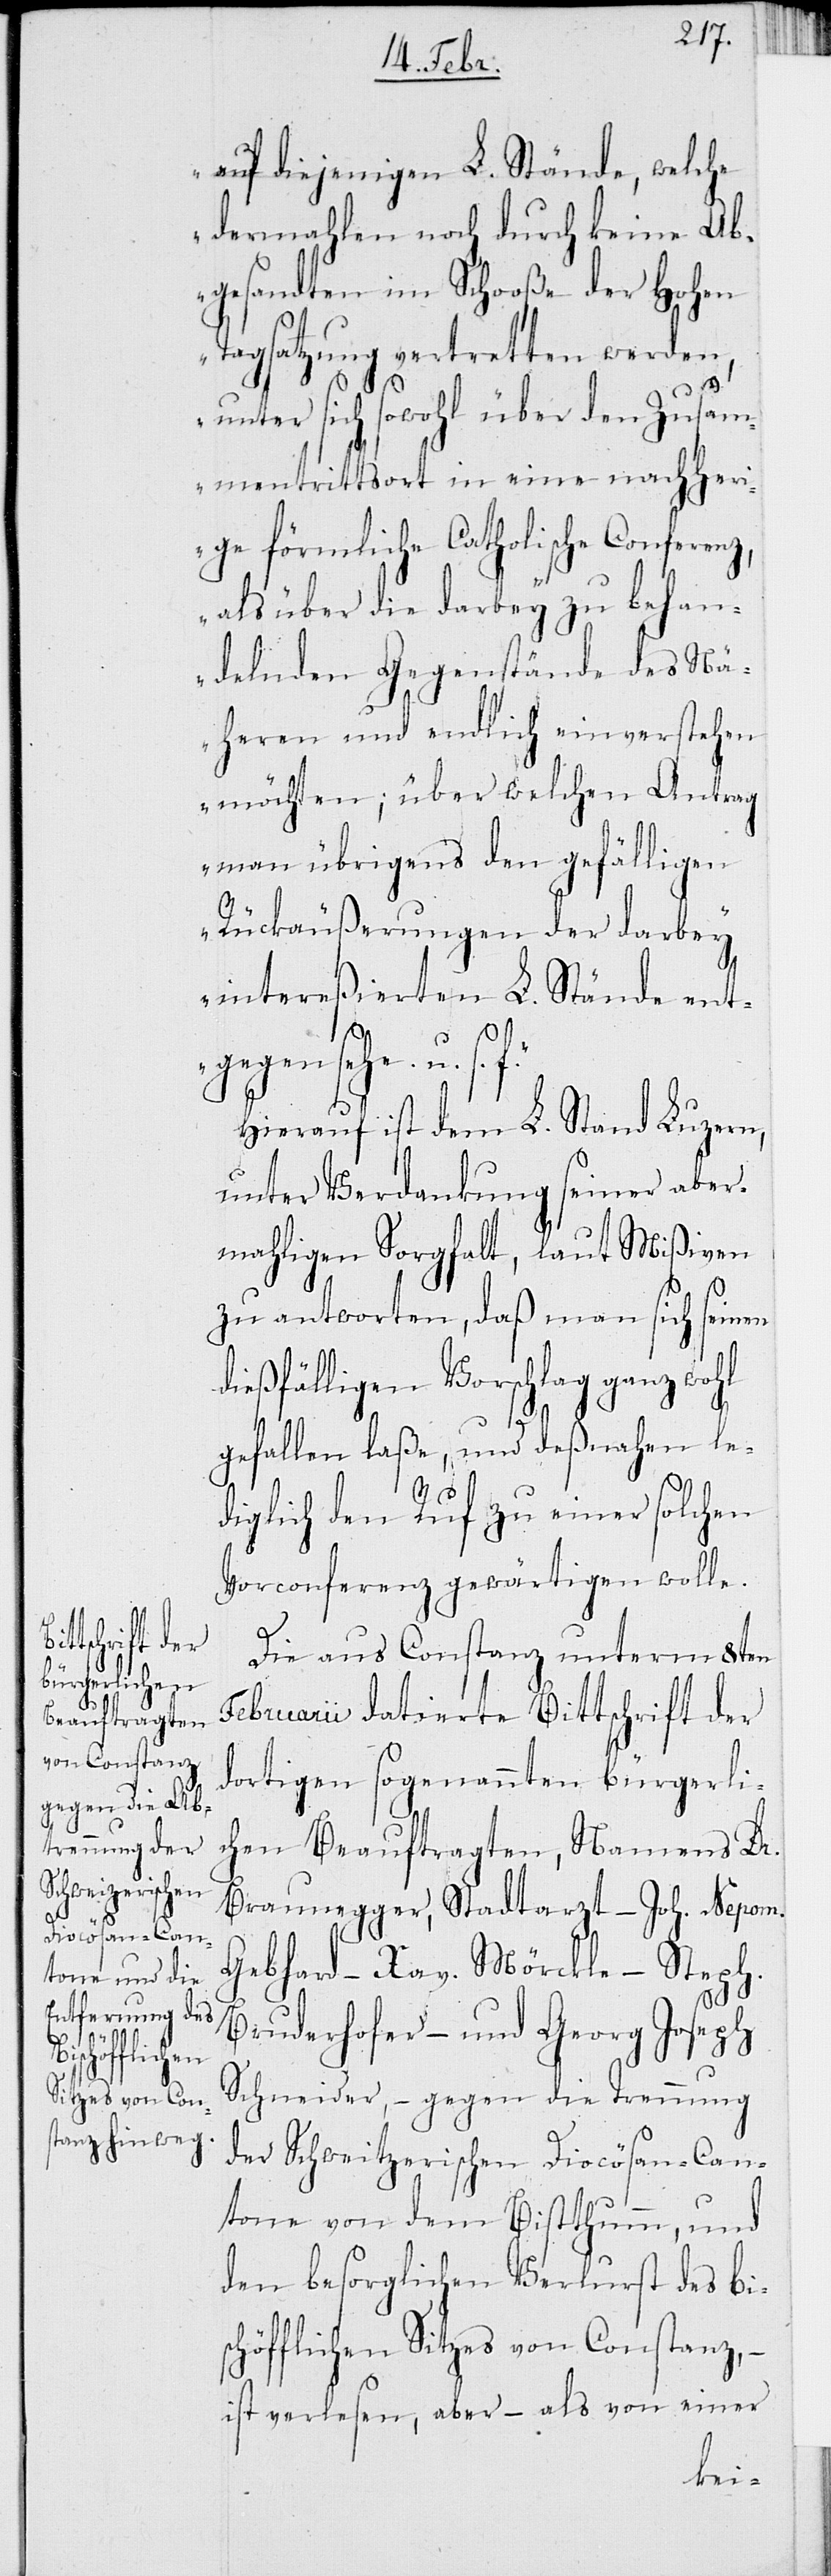
auf diejenigen L. Stände, welche
dermahlen noch durch keine Ab¬
gesandten im Schooße der Hohen
Tagsatzung vertretten werden,
unter sich sowohl über den Zusam¬
mentrittsort in eine nachheri¬
ge förmliche Catholische Conferenz,
als über die darbey zu behan¬
delnden Gegenstände des Nä¬
heren und endlich einverstehen
möchten; über welchen Antrag
man übrigens den gefälligen
Rückäußerungen der darbey
intereßierten L. Stände ent¬
h.
gegensehe. u. s.
Hierauf ist dem L. Stand Luzern,
unter Verdankung seiner aber¬
mahligen Sorgfalt, laut Mißiven
zu antworten, daß man sich seinen
diesfälligen Vorschlag ganz wohl
gefallen laße, und deßnahen le¬
diglich den Ruf zu einer solchen
Vorconferenz gewärtigen wolle.
Die aus Constanz unterm 8ten
Februarii datierte Bittschrift der
dortigen sogenannten bürgerli¬
chen Beauftragten, Namens Dr.
Braunegger, Stadtarzt – Joh. Nepom.
Gebhard – Xav. Mörckle – Step¬
Bruderhofer – und Georg Joseph
Schneider, -gegen die Trennung
der Schweitzerischen Diocösan-Can¬
tone von dem Bistthumm, und
den besorglichen Verlust des bis¬
chöfflichen Sitzes von Constanz, –
ist verlesen, aber – als von einer